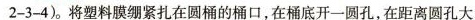
2—3—4)。将塑料膜绷紧扎在圆桶的桶口，在桶底开一圆孔，在距离圆孔大